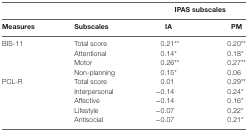
<table><thead><tr><td></td><td></td><td colspan="2"><b>IPAS subscales</b></td></tr><tr><td><b>Measures</b></td><td><b>Subscales</b></td><td><b>IA</b></td><td><b>PM</b></td></tr></thead><tbody><tr><td>BIS-11</td><td>Total score</td><td>0.21**</td><td>0.20**</td></tr><tr><td></td><td>Attentional</td><td>0.14*</td><td>0.18*</td></tr><tr><td></td><td>Motor</td><td>0.26**</td><td>0.27**</td></tr><tr><td></td><td>Non-planning</td><td>0.15*</td><td>0.06</td></tr><tr><td>PCL-R</td><td>Total score</td><td>0.01</td><td>0.29**</td></tr><tr><td></td><td>Interpersonal</td><td>−0.14</td><td>0.24*</td></tr><tr><td></td><td>Affective</td><td>−0.14</td><td>0.16*</td></tr><tr><td></td><td>Lifestyle</td><td>−0.07</td><td>0.22*</td></tr><tr><td></td><td>Antisocial</td><td>−0.07</td><td>0.21*</td></tr></tbody></table>